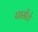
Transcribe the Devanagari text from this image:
पार्सले